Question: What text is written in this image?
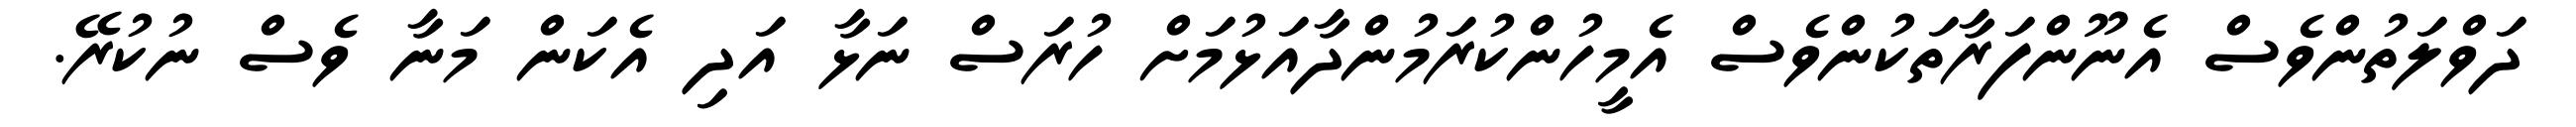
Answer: ދަވްލަތުންވެސް އެނޫންފަރާތަކުންވެސް އެމީހުންކުރަމުންދާއަޅުމަށް ހުރަސް ނަޅާ އަދި އެކަން މަނާ ވެސް ނުކުރޭ.